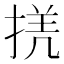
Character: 𢮲